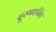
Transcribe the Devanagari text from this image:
दूरगाहसिंह